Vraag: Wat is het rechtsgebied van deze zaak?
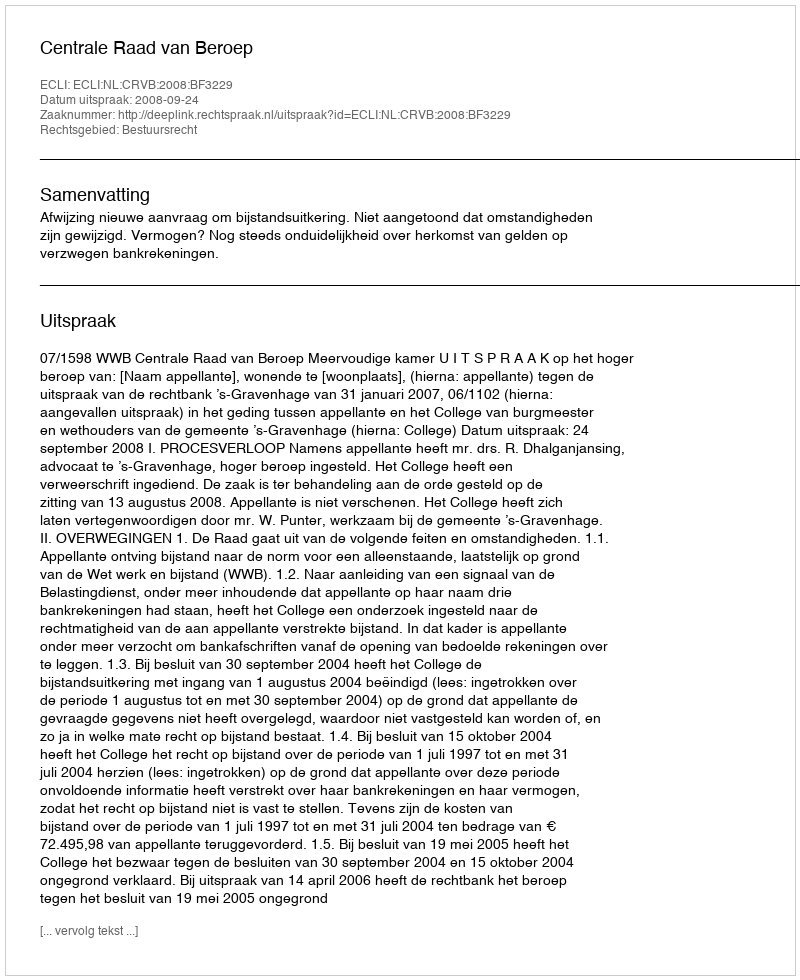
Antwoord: Bestuursrecht